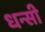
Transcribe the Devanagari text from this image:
धन्सी